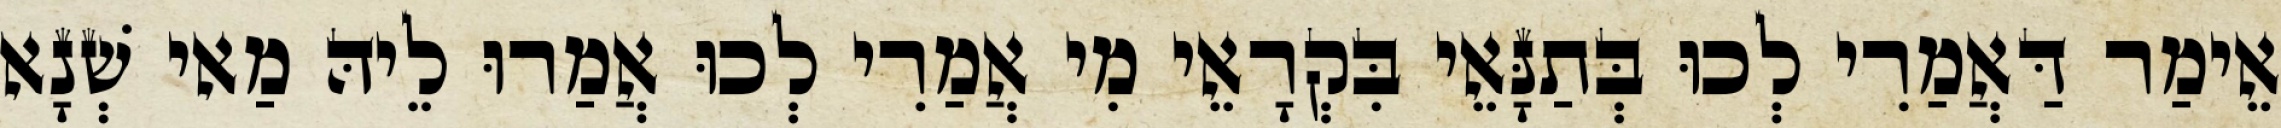
אֵימַר דַּאֲמַרִי לְכוּ בְּתַנָּאֵי בִּקְרָאֵי מִי אֲמַרִי לְכוּ אֲמַרוּ לֵיהּ מַאי שְׁנָא